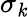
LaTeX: \sigma_{\mathit{k}}